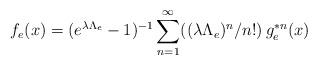
LaTeX: \begin{align*} f_e(x)= (e^{\lambda \Lambda_e}-1)^{-1} \sum_{n=1}^\infty ((\lambda \Lambda_{e})^n /n!)\, g_{e}^{\ast n}(x)\end{align*}